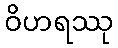
ဝိဟရဿု